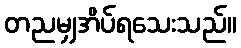
တညမျှအိပ်ရသေးသည်။